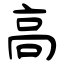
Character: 高